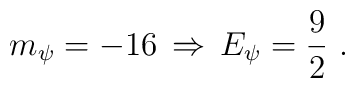
m_\psi = -16 \, \Rightarrow \, E_\psi= \frac 9 2 ~.